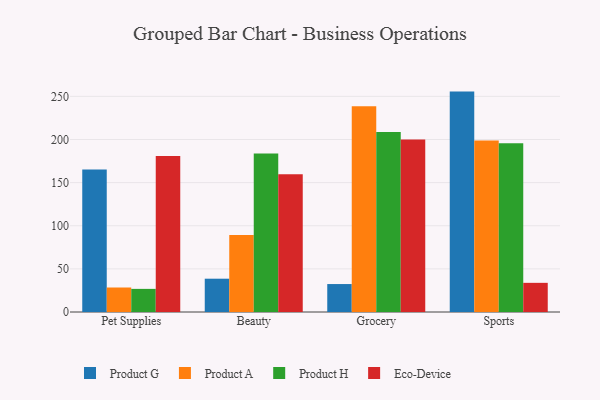
{"axis": {"x": "Category", "y": "Conversion Rate (%)"}, "legend": ["Eco-Device", "Product A", "Product G", "Product H"], "data": [{"x": "Pet Supplies", "y": 165.3, "type": "Product G"}, {"x": "Pet Supplies", "y": 28.4, "type": "Product A"}, {"x": "Pet Supplies", "y": 26.8, "type": "Product H"}, {"x": "Pet Supplies", "y": 180.7, "type": "Eco-Device"}, {"x": "Beauty", "y": 38.6, "type": "Product G"}, {"x": "Beauty", "y": 89.3, "type": "Product A"}, {"x": "Beauty", "y": 183.7, "type": "Product H"}, {"x": "Beauty", "y": 159.8, "type": "Eco-Device"}, {"x": "Grocery", "y": 32.4, "type": "Product G"}, {"x": "Grocery", "y": 238.5, "type": "Product A"}, {"x": "Grocery", "y": 208.7, "type": "Product H"}, {"x": "Grocery", "y": 200.1, "type": "Eco-Device"}, {"x": "Sports", "y": 255.5, "type": "Product G"}, {"x": "Sports", "y": 198.8, "type": "Product A"}, {"x": "Sports", "y": 195.7, "type": "Product H"}, {"x": "Sports", "y": 33.8, "type": "Eco-Device"}]}